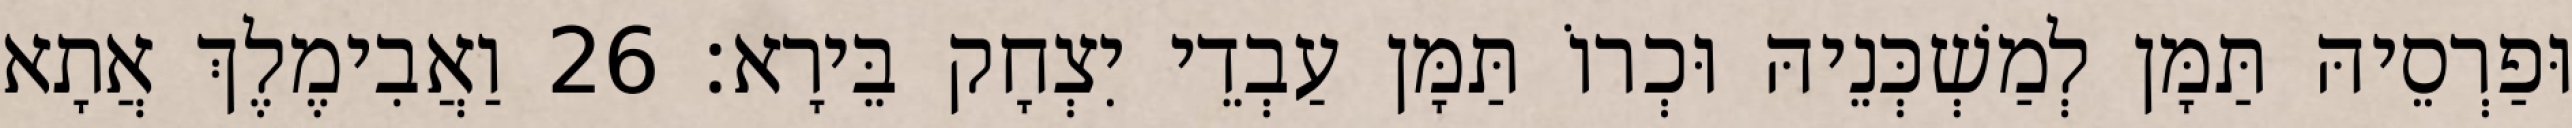
וּפַרְסֵיהּ תַּמָּן לְמַשְׁכְּנֵיהּ וּכְרוֹ תַּמָּן עַבְדֵי יִצְחָק בֵּירָא׃ 26 וַאֲבִימֶלֶךְ אֲתָא